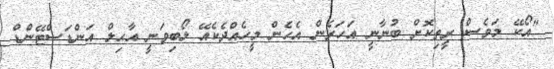
"އޯކޭ މަވެސް ރީތިކޮށް ބުނާނީ އަހަރެން އެހެން މީހެއްދެކެއޭ ލޯބިވަނީ އާޙިލް އަންޑަސްޓޭންޑް